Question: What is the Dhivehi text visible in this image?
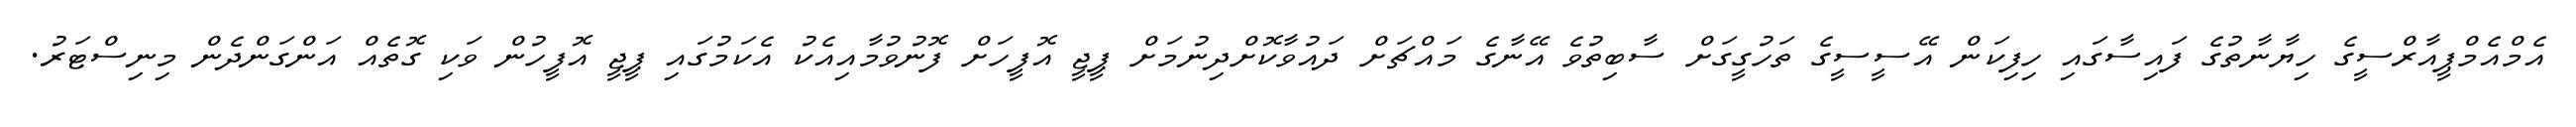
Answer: އެމްއެމްޕީއާރްސީގެ ހިޔާނާތުގެ ފައިސާގައި ހިފިކަން އޭސީސީގެ ތަހުގީގަށް ސާބިތުވެ އޭނާގެ މައްޗަށް ދައުވާކޮށްދިނުމަށް ޕީޖީ އޮފީހަށް ފޮނުވުމާއިއެކު އެކަމުގައި ޕީޖީ އޮފީހުން ވަކި ގޮތެއް އަންގަންދެން މިނިސްޓަރު.